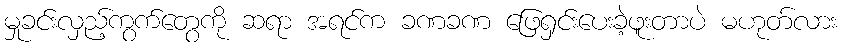
မှုခင်းလှည့်ကွက်တွေကို ဆရာ အရင်က ခဏခဏ ဖြေရှင်းပေးခဲ့ဖူးတာပဲ မဟုတ်လား